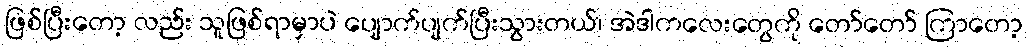
ဖြစ်ပြီးတော့ လည်း သူဖြစ်ရာမှာပဲ ပျောက်ပျက်ပြီးသွားတယ်၊ အဲဒါကလေးတွေကို တော်တော် ကြာတော့